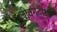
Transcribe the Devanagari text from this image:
जीवनदीक्षा